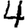
Digit: 4